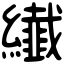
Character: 纎